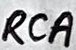
Text: RCA